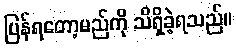
ပြန်ရတော့မည်ကို သိရှိခဲ့ရသည်။